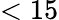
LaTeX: <15